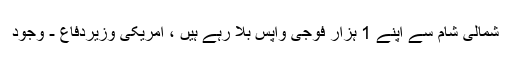
شمالی شام سے اپنے 1 ہزار فوجی واپس بلا رہے ہیں ، امریکی وزیردفاع - وجود